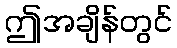
ဤအချိန်တွင်